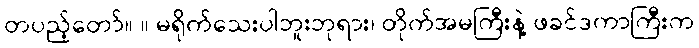
တပည့်တော်။ ။ မရိုက်သေးပါဘူးဘုရား၊ တိုက်အမကြီးနဲ့ ဖခင်ဒကာကြီးက